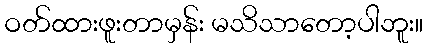
ဝတ်ထားဖူးတာမှန်း မသိသာတော့ပါဘူး။